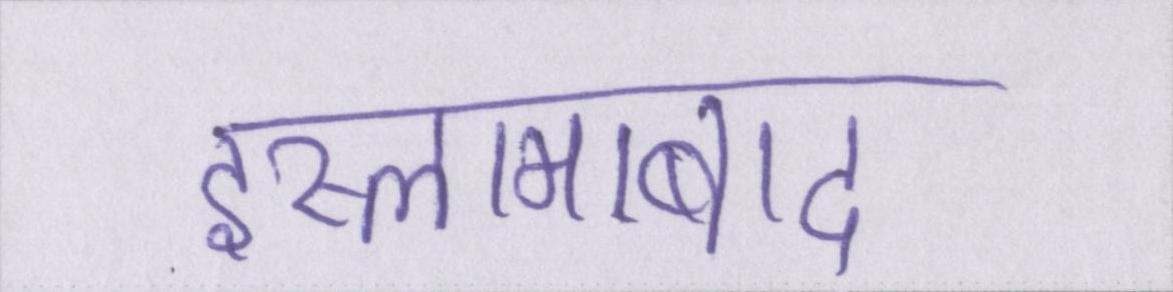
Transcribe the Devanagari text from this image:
इस्लामाबाद